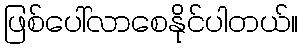
ဖြစ်ပေါ်လာစေနိုင်ပါတယ်။